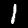
Label: 1